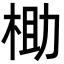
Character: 𬂶